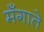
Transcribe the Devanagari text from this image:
मँगाते